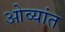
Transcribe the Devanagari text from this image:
ओव्यांत